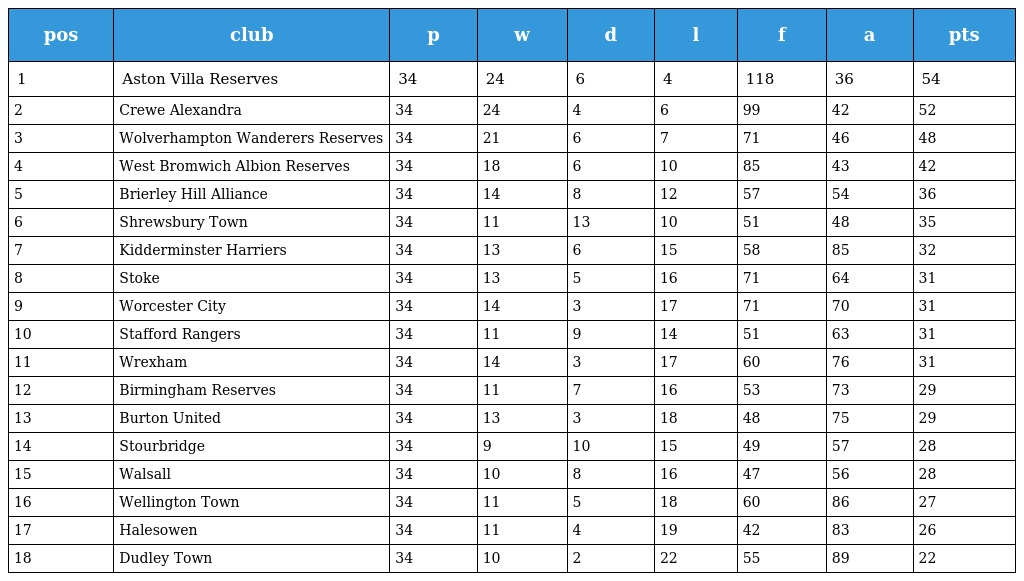
| pos | club | p | w | d | l | f | a | pts |
 | --- | --- | --- | --- | --- | --- | --- | --- | --- |
 | 1 | Aston Villa Reserves | 34 | 24 | 6 | 4 | 118 | 36 | 54 |
 | 2 | Crewe Alexandra | 34 | 24 | 4 | 6 | 99 | 42 | 52 |
 | 3 | Wolverhampton Wanderers Reserves | 34 | 21 | 6 | 7 | 71 | 46 | 48 |
 | 4 | West Bromwich Albion Reserves | 34 | 18 | 6 | 10 | 85 | 43 | 42 |
 | 5 | Brierley Hill Alliance | 34 | 14 | 8 | 12 | 57 | 54 | 36 |
 | 6 | Shrewsbury Town | 34 | 11 | 13 | 10 | 51 | 48 | 35 |
 | 7 | Kidderminster Harriers | 34 | 13 | 6 | 15 | 58 | 85 | 32 |
 | 8 | Stoke | 34 | 13 | 5 | 16 | 71 | 64 | 31 |
 | 9 | Worcester City | 34 | 14 | 3 | 17 | 71 | 70 | 31 |
 | 10 | Stafford Rangers | 34 | 11 | 9 | 14 | 51 | 63 | 31 |
 | 11 | Wrexham | 34 | 14 | 3 | 17 | 60 | 76 | 31 |
 | 12 | Birmingham Reserves | 34 | 11 | 7 | 16 | 53 | 73 | 29 |
 | 13 | Burton United | 34 | 13 | 3 | 18 | 48 | 75 | 29 |
 | 14 | Stourbridge | 34 | 9 | 10 | 15 | 49 | 57 | 28 |
 | 15 | Walsall | 34 | 10 | 8 | 16 | 47 | 56 | 28 |
 | 16 | Wellington Town | 34 | 11 | 5 | 18 | 60 | 86 | 27 |
 | 17 | Halesowen | 34 | 11 | 4 | 19 | 42 | 83 | 26 |
 | 18 | Dudley Town | 34 | 10 | 2 | 22 | 55 | 89 | 22 |